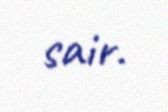
sair.